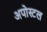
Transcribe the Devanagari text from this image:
अपोस्टल